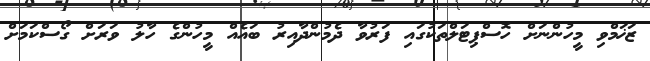
ޒަޚަމްވި މީހުންނަށް ހޮސްޕިޓަލްތަކުގައި ފަރުވާ ދެމުންދާއިރު ބައެއް މީހުންގެ ހާލު ވަރަށް ގޯސްކަމަށް